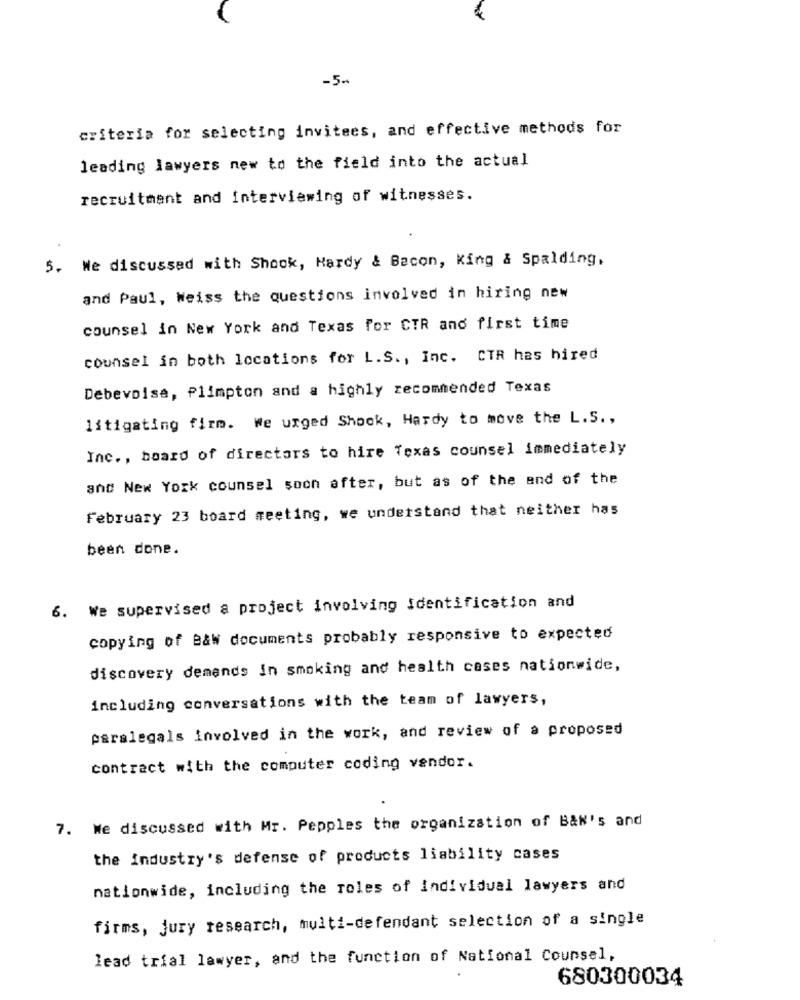
-5-
criteria for selecting invitees, and effective methods for
leading lawyers new to the field into the actual
recruitment and interviewing of witnesses.
5. We discussed with Shook, Hardy & Bacon, King & Spalding.
and Paul, Weiss the questions involved in hiring new
counsel in New York and Texas for CTR and first time
counsel in both locations for L.S ., Inc. CTR has hired
Debevoise, Plimpton and a highly recommended Texas
litigating firm. We urged Shook, Hardy to move the L.S .,
Inc ., board of directors to hire Texas counsel immediately
and New York counsel soon after, but as of the end of the
February 23 board meeting, we understand that neither has
been done.
6. We supervised a project involving identification and
copying of B&w documents probably responsive to expected
discovery demands in smoking and health cases nationwide,
including conversations with the team of lawyers,
paralegals involved in the work, and review of a proposed
contract with the computer coding vendor.
7. We discussed with Mr. Pepples the organization of BAN's and
the industry's defense of products liability cases
nationwide, including the roles of Individual lawyers and
firms, jury research, multi-defendant selection of a single
lead trial lawyer, and the function of National Counsel,
680300034